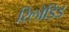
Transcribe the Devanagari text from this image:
रिलोडिड